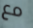
مع